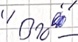
Text: "B10"